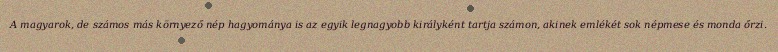
A magyarok, de számos más környező nép hagyománya is az egyik legnagyobb királyként tartja számon, akinek emlékét sok népmese és monda őrzi.